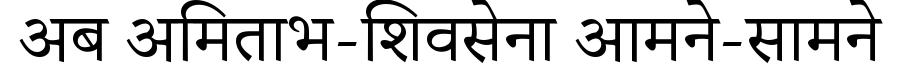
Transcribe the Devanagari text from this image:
अब अमिताभ-शिवसेना आमने-सामने